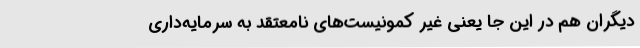
دیگران هم در این جا یعنی غیر کمونیست‌های نامعتقد به سرمایه‌داریِ